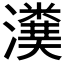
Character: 𤀬